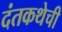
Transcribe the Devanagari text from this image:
दंतकथेची